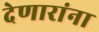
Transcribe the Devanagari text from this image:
देणारांना